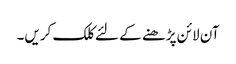
آن لائن پڑھنے کے لئے کلک کریں۔